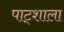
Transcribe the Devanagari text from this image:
पाट्शाला